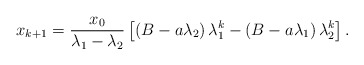
\begin{align*}x_{k+1} &=\frac{x_0}{\lambda_1-\lambda_2}\left[\left(B-a\lambda_2\right)\lambda_1^{k}-\left(B-a\lambda_1\right)\lambda_2^{k}\right].\end{align*}